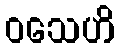
ဝသေဟိ